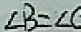
\angle B = \angle C